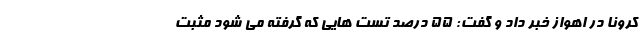
کرونا در اهواز خبر داد و گفت: ۵۵ درصد تست هایی که گرفته می شود مثبت